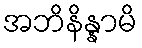
အဘိနိန္နာမိ